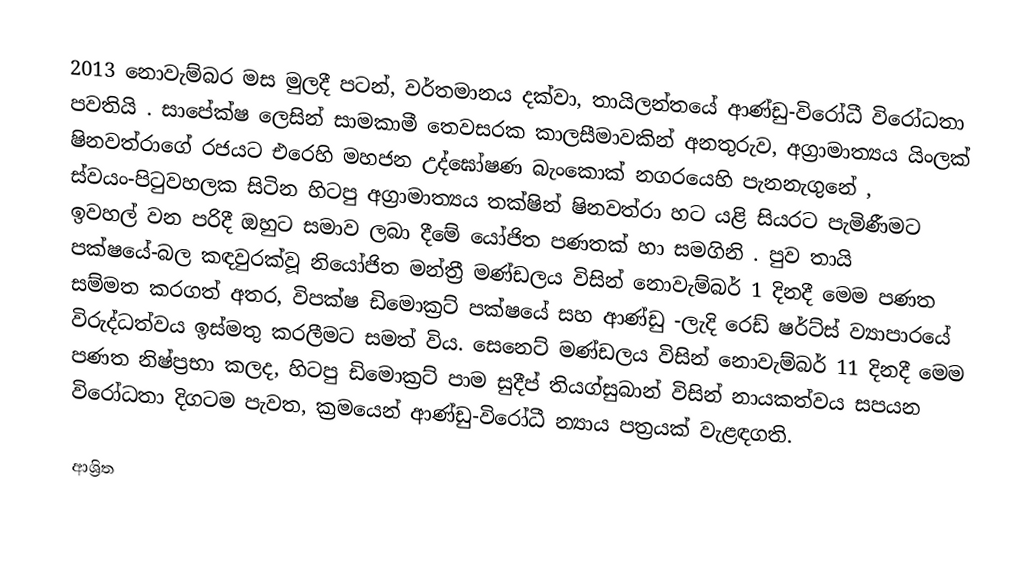
2013 නොවැම්බර‍ මස මුලදී  පටන්, වර්තමානය දක්වා, තායිලන්තයේ ආණ්ඩු-විරෝධී විරෝධතා පවතියි . සාපේක්ෂ ලෙසින් සාමකාමී තෙවසරක කාලසීමාවකින් අනතුරුව, අග්‍රාමාත්‍යය යිංලක් ෂිනවත්රාගේ  රජයට එරෙහි මහජන උද්ඝෝෂණ බැංකොක් නගරයෙහි පැනනැගුනේ , ස්වයං-පිටුවහලක සිටින හිටපු අග්‍රාමාත්‍යය  තක්ෂින් ෂිනවත්රා හට යළි සියරට පැමිණීමට ඉවහල් වන පරිදී ඔහුට සමාව ලබා දී‍මේ යෝජිත පණතක් හා සමගිනි  . පුව තායි පක්ෂයේ-බල කඳවුරක්වූ  නියෝජිත මන්ත්‍රී මණ්ඩලය  විසින් නොවැම්බර් 1 දිනදී මෙම පණත සම්මත කරගත් අතර, විපක්ෂ   ඩිමොක්‍රට් පක්ෂයේ සහ  ආණ්ඩු -ලැදි රෙඩ් ෂර්ට්ස් ව්‍යාපාරයේ විරුද්ධත්වය ඉස්මතු කරලීමට සමත් විය. සෙනෙට් මණ්ඩලය විසින් නොවැම්බර් 11 දිනදී මෙම පණත නිෂ්ප්‍රභා කලද, හිටපු ඩිමොක්‍රට් පාම  සුදීප් තියග්සුබාන් විසින් නායකත්වය සපයන විරෝධතා දිගටම පැවත, ක්‍රමයෙන් ආණ්ඩු-විරෝධී න්‍යාය පත්‍රයක් වැළඳගති.

ආශ්‍රිත